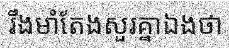
រឹងមាំតែងសួរគ្នាឯងថា